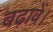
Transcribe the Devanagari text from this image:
बढ़ावें।